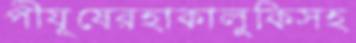
পীযূষেরহাকালুকিসহ